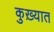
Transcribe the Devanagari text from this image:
कुख़्यात